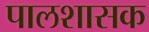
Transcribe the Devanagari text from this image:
पालशासक